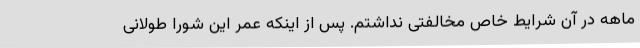
ماهه در آن شرایط خاص مخالفتی نداشتم. پس از اینکه عمر این شورا طولانی